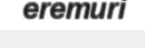
eremuri